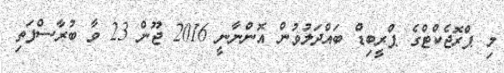
މި ޕްރޮޖެކްޓްގެ ޕްރީބިޑް ބައްދަލުވުން އޮންނާނީ 2016 ޖޫން 23 ވާ ބުރާސްފަތި